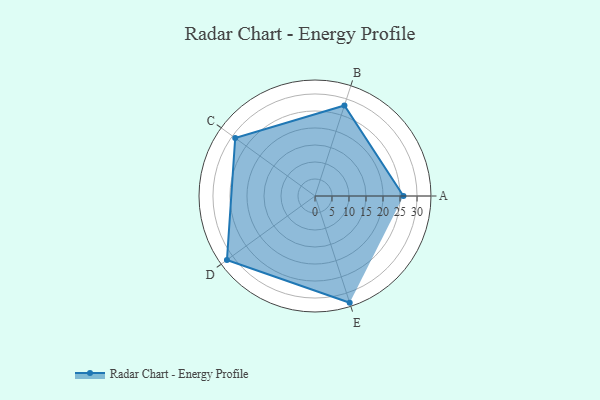
{"axis": {"x": "Skill", "y": "Score"}, "legend": ["Profile"], "data": [{"x": "A", "y": 26.0, "type": "Profile"}, {"x": "B", "y": 28.0, "type": "Profile"}, {"x": "C", "y": 29.0, "type": "Profile"}, {"x": "D", "y": 32.0, "type": "Profile"}, {"x": "E", "y": 33.0, "type": "Profile"}]}